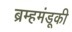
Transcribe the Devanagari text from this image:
ब्रम्हमंडूकी